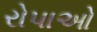
રોપાઓ